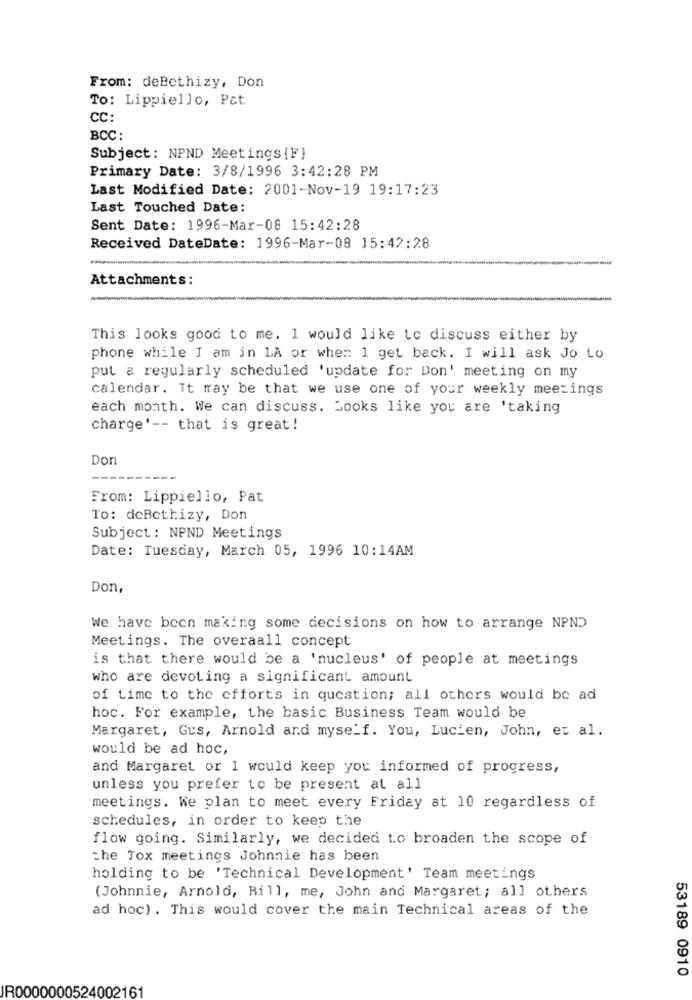
From: deBcthizy, Don
To: Lippiello, Pat
CC:
BCC :
Subject: NPND Meetings {F}
Primary Date: 3/8/1996 3:42:28 PM
Last Modified Date: 2001-Nov-19 19:17:23
Last Touched Date:
Sent Date: 1996-Mar-08 15:42:28
Received DateDate: 1996-Mar-08 15:42:28
Attachments:
This looks good to me. 1 would like to discuss either by
phone while I am in LA or when 1 get back. I will ask Jo to
put a regularly scheduled 'update for Don' meeting on my
calendar. It may be that we use one of your weekly meetings
each month. We can discuss. Looks like you are 'taking
charge' -- that is great!
Don
From: Lippiello, Pat
To: deBcthizy, Don
Subject: NPND Meetings
Date: Tuesday, March 05, 1996 10:14AM
Don,
We have been making some decisions on how to arrange NPND
Meetings. The overaall concept
is that there would be a 'nucleus' of people at meetings
who are devoting a significant amount
of time to the efforts in question; all others would be ad
hoc. For example, the basic Business Team would be
Margaret, Gus, Arnold and myself. You, Lucien, John, et al.
would be ad hoc,
and Margaret or 1 would keep you informed of progress,
unless you prefer to be present at all
meetings. We plan to meet every Friday at 10 regardless of
schedules, in order to keep the
flow going. Similarly, we decided to broaden the scope of
che Tox meetings Johnnie has been
holding to be 'Technical Development' Team meetings
(Johnnie, Arnold, Bill, me, John and Margaret; all others
ad hoc) . This would cover the main Technical areas of the
53189 0910
IR0000000524002161